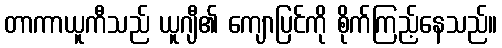
တာကာယူကီသည် ယူဂျီ၏ ကျောပြင်ကို စိုက်ကြည့်နေသည်။